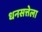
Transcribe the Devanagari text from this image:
धनसत्तेला